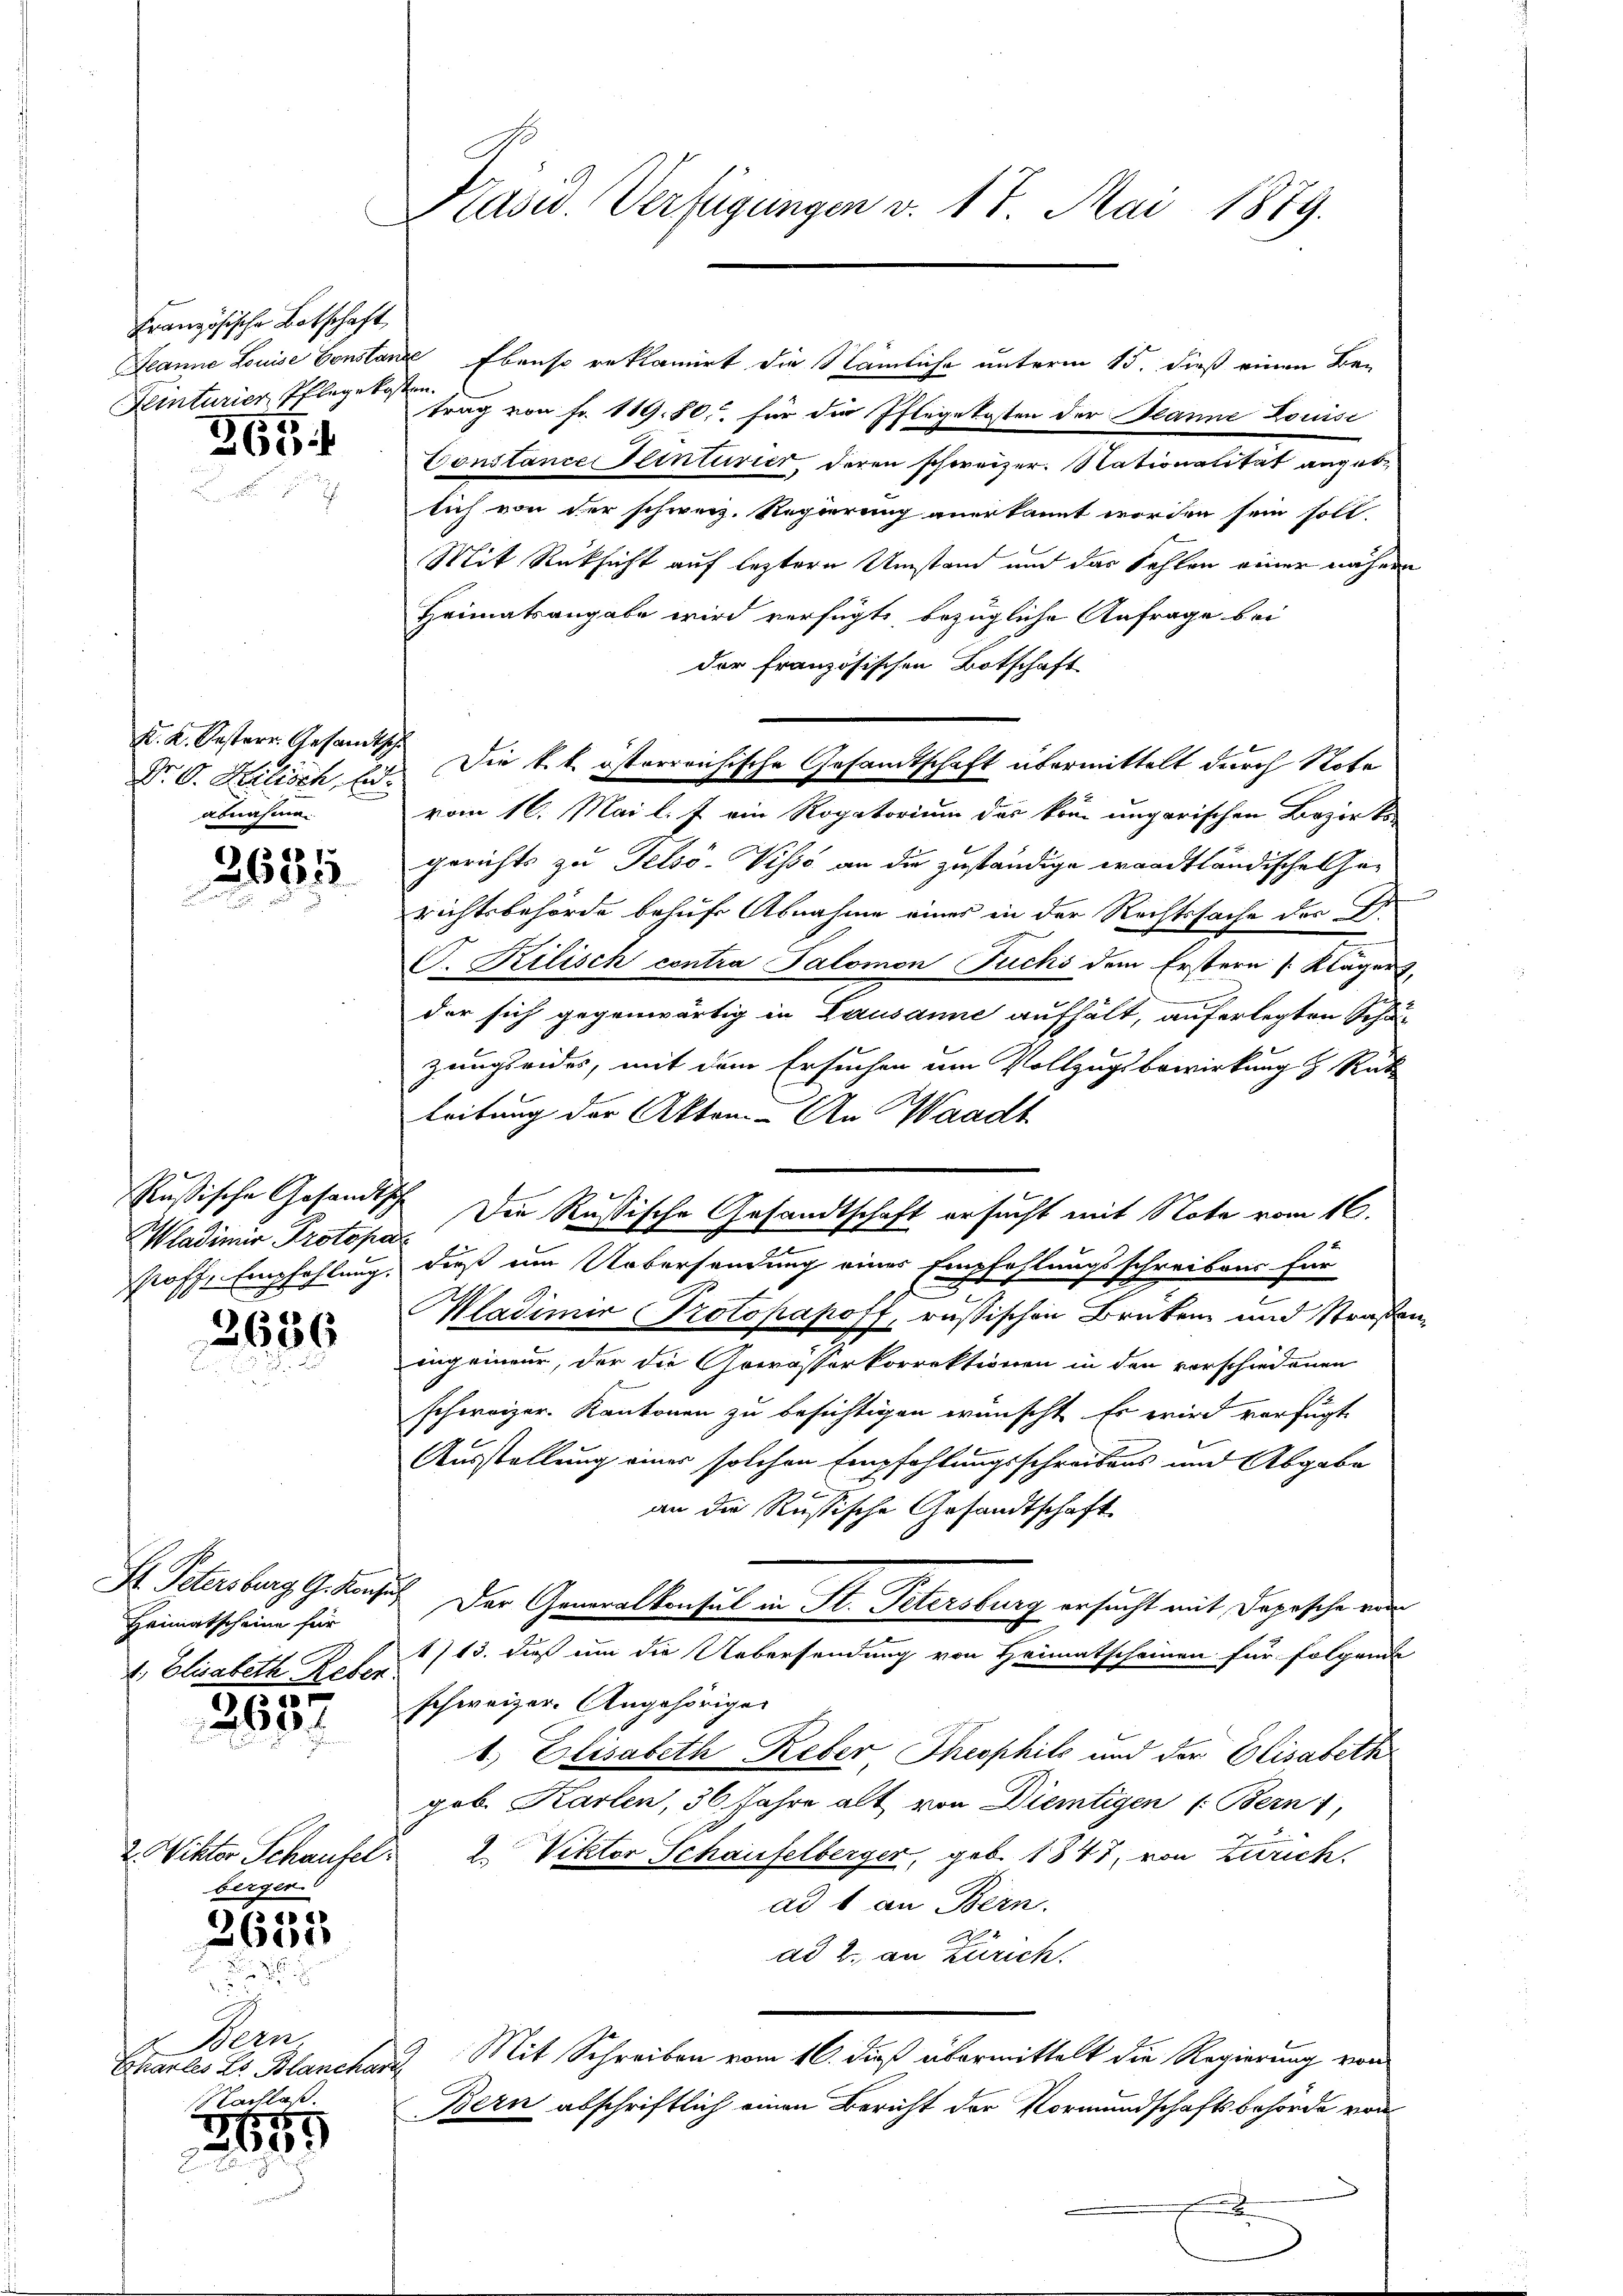
Französische Botschaft
Jeanne Louise Constan
Leinturier Pflegeko

365

K. K. Oesterr. Gesandtsch
Dr. G. Keelisch, Eid.
abnahme.

2631
.

ussische Gesandtsch
Wladimir Protopa
Poff. Empfehlung.

2686

St. Petersburg G. Konju
Heimatscheine für
1. Elisabeth Reben

2687

2. Viktor Schaufel
berger

100
2600

2. Bern
Eharles L. Blanchar
Nachlaß.

1
2005

Präsid. Verfügungen v. 17. Mai 1879.

d Ebenso reklamirt die Nämliche unterm 15. dieß einen Befen
trag von Fr. 119. 80. für die Pflegekosten der Planne Louisi
Constance einturier, deren schweizer. Nationalität angebe
lich von der schweiz. Regierung anerkannt worden sein soll.
Mit Rücksicht auf lezteren Umstand und das Fehlen einer nähern
Heimatsangabe wird verfügt bezügliche Anfrage bei
der französischen Botschaft
vom 16. Mai l. J. ein Rogatorium das kam ungarischen Bezirks-
gerichts zu Telsó-Visso an die zuständige waadtländischen Gerichtsbehörde behufe Abnahme eines in der Rechtssache der In
C. Kilisch contra Palomon Fuchs dem Erstern Klägert,
der sich gegenwärtig in Lausanne aufhält, auferlegten Schäzungseides, mit dem Ersuchen am Vollzugsbewirkung z. Rath
Leitung der Akten - An Waadt
vemen
dieß um Uebersendung eines Empfehlungsschreibens für
f
Madimir Protopapoff, russischen Brüken und Straßeningerneur, der die Gewässerkorrektionen in den vorschiedenen
schweizer. Kantonen zu besichtigen wünscht. Es wird verfügt
Ausstellung eines solchen Empfehlungsschreibens und Abgabe
an die Russische Gesandtschaft
Der Generalkonsul in St. Petersburg ersucht mit Depesche von
1713. dieß um die Uebersendung von Heimatscheinen für Folgende
schweizer. Angehöriger
1.) Elisabeth Reber Theophils und der Elisabeth
geb. Karlen, 36 Jahre alt von Dientigen (Bern 1,
1. Viktor Schaufelberger, geb. 1847, von Zürich
ad 1 an Bern.
ad 2. an Zürich.
Mit Schreiben vom 16. dieß übermittelt die Regierung von
Bern abschriftlich einen Bericht der Vormundschaftsbehörde von

Die k.k. österreichische Gesamtschaft übermittelt durch Note

Die Russische Gesandtschaft ersucht mit Note vom 16.